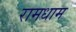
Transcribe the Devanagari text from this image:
रामधाम